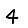
Digit: 4